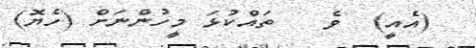
(އެއީ)  ވެ   ތައްކުޅަ މީހުންނަށް (ހެޔޮ)